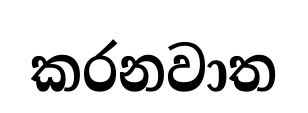
කරනවාත